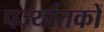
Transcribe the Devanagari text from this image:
पर्ज्यातकों